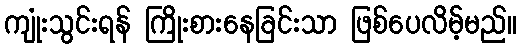
ကျုံးသွင်းရန် ကြိုးစားနေခြင်းသာ ဖြစ်ပေလိမ့်မည်။